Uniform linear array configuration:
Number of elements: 4
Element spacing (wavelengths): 0.5
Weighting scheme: hann
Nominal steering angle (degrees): -15
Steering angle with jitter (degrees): -16.846
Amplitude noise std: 0.05
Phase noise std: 0.05

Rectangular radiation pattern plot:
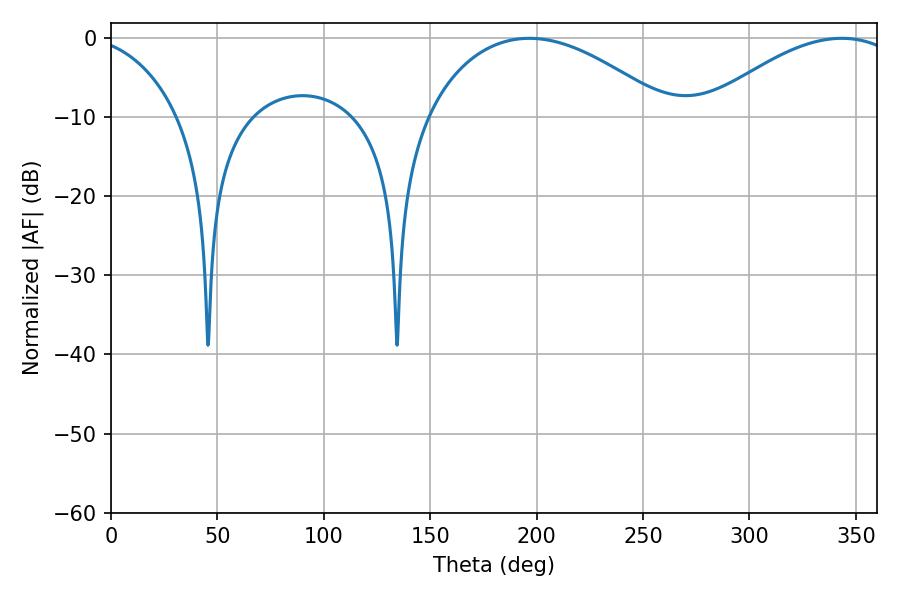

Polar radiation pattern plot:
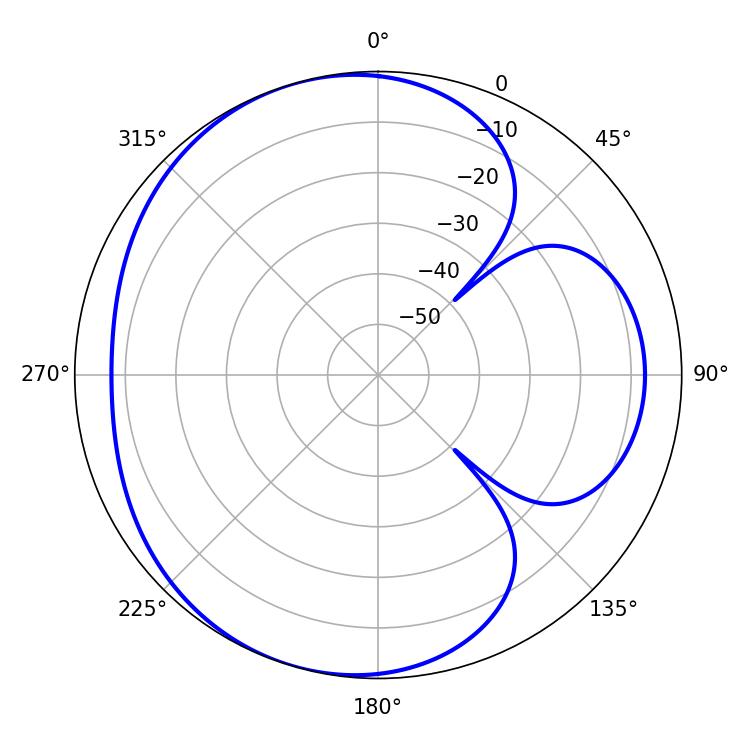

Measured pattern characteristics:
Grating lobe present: FALSE
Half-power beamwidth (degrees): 51.66
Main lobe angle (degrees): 343.44